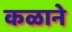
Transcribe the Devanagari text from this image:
कळाने